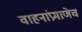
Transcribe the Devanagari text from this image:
वाहनांप्रमाणेच